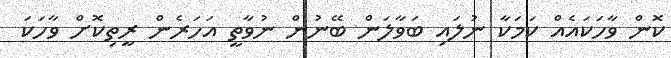
ކޮން ވާހަކައެއް ކަމަކާ ނުލައި ބަވާލަން ބޭނުން ނުވާތީ އަހަރެން ރީތިކޮށް ވާހަކަ